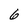
Character: 6